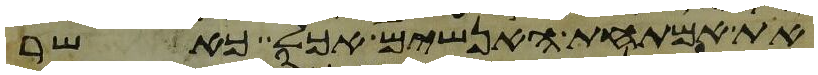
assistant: את אמתחת האנשים אכל כאשר